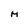
Character: M